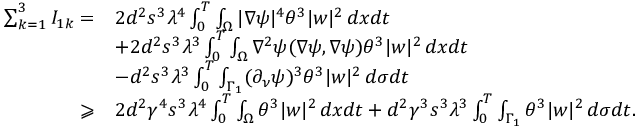
\begin{array} { r l } { \sum _ { k = 1 } ^ { 3 } I _ { 1 k } = } & { 2 d ^ { 2 } s ^ { 3 } \lambda ^ { 4 } \int _ { 0 } ^ { T } \int _ { \Omega } | \nabla \psi | ^ { 4 } \theta ^ { 3 } | w | ^ { 2 } \, d x d t } \\ & { + 2 d ^ { 2 } s ^ { 3 } \lambda ^ { 3 } \int _ { 0 } ^ { T } \int _ { \Omega } \nabla ^ { 2 } \psi ( \nabla \psi , \nabla \psi ) \theta ^ { 3 } | w | ^ { 2 } \, d x d t } \\ & { - d ^ { 2 } s ^ { 3 } \lambda ^ { 3 } \int _ { 0 } ^ { T } \int _ { \Gamma _ { 1 } } ( \partial _ { \nu } \psi ) ^ { 3 } \theta ^ { 3 } | w | ^ { 2 } \, d \sigma d t } \\ { \geqslant } & { 2 d ^ { 2 } \gamma ^ { 4 } s ^ { 3 } \lambda ^ { 4 } \int _ { 0 } ^ { T } \int _ { \Omega } \theta ^ { 3 } | w | ^ { 2 } \, d x d t + d ^ { 2 } \gamma ^ { 3 } s ^ { 3 } \lambda ^ { 3 } \int _ { 0 } ^ { T } \int _ { \Gamma _ { 1 } } \theta ^ { 3 } | w | ^ { 2 } \, d \sigma d t . } \end{array}